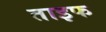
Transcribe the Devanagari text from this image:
ताइफ